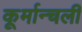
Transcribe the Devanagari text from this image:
कूर्मान्चली